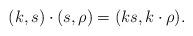
LaTeX: \begin{align*}(k,s)\cdot(s,\rho)=(ks,k\cdot\rho).\end{align*}